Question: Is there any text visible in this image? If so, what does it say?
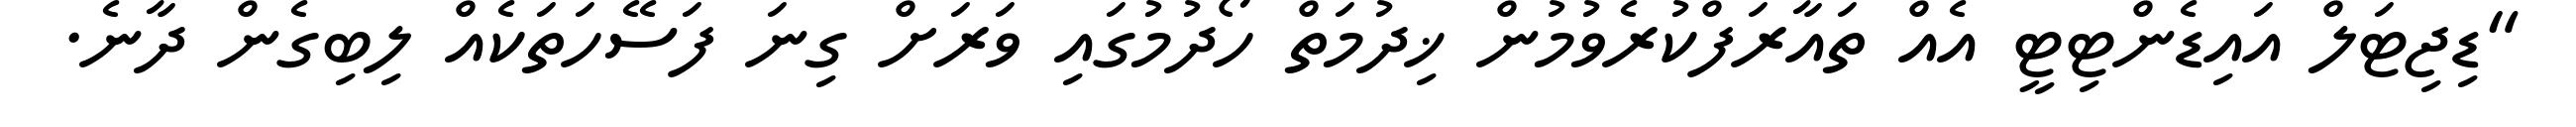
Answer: "ޑިޖިޓަލް އައިޑެންޓިޓީ އެއް ތައާރަފްކުރެވުމުން ޚިދުމަތް ހޯދުމުގައި ވަރަށް ގިނަ ފަސޭހަތަކެއް ލިބިގެން ދާނެ.